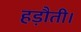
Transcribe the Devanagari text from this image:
हड़ौती।